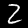
Label: 2